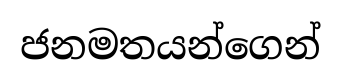
ජනමතයන්ගෙන්